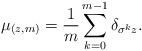
LaTeX: \begin{align*}\mu_{(z,m)} = \frac{1}{m} \sum_{k=0}^{m-1} \delta_{\sigma^k z}.\end{align*}